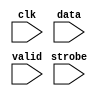
//Legal Notice: (C)2012 Altera Corporation. All rights reserved.  Your
//use of Altera Corporation's design tools, logic functions and other
//software and tools, and its AMPP partner logic functions, and any
//output files any of the foregoing (including device programming or
//simulation files), and any associated documentation or information are
//expressly subject to the terms and conditions of the Altera Program
//License Subscription Agreement or other applicable license agreement,
//including, without limitation, that your use is for the sole purpose
//of programming logic devices manufactured by Altera and sold by Altera
//or its authorized distributors.  Please refer to the applicable
//agreement for further details.

// synthesis translate_off
`timescale 1ns / 1ps
// synthesis translate_on

// turn off superfluous verilog processor warnings 
// altera message_level Level1 
// altera message_off 10034 10035 10036 10037 10230 10240 10030 

module system_0_jtag_uart_0_log_module (
                                         // inputs:
                                          clk,
                                          data,
                                          strobe,
                                          valid
                                       )
;

  input            clk;
  input   [  7: 0] data;
  input            strobe;
  input            valid;


//synthesis translate_off
//////////////// SIMULATION-ONLY CONTENTS
   reg [31:0] text_handle; // for $fopen
   initial text_handle = $fopen ("system_0_jtag_uart_0_output_stream.dat");

   always @(posedge clk) begin
      if (valid && strobe) begin
	 $fwrite (text_handle, "%b\n", data);
          // echo raw binary strings to file as ascii to screen
         $write("%s", ((data == 8'hd) ? 8'ha : data));
                     
	 // non-standard; poorly documented; required to get real data stream.
	 $fflush (text_handle);
      end
   end // clk


//////////////// END SIMULATION-ONLY CONTENTS

//synthesis translate_on

endmodule


// synthesis translate_off
`timescale 1ns / 1ps
// synthesis translate_on

// turn off superfluous verilog processor warnings 
// altera message_level Level1 
// altera message_off 10034 10035 10036 10037 10230 10240 10030 

module system_0_jtag_uart_0_sim_scfifo_w (
                                           // inputs:
                                            clk,
                                            fifo_wdata,
                                            fifo_wr,

                                           // outputs:
                                            fifo_FF,
                                            r_dat,
                                            wfifo_empty,
                                            wfifo_used
                                         )
;

  output           fifo_FF;
  output  [  7: 0] r_dat;
  output           wfifo_empty;
  output  [  5: 0] wfifo_used;
  input            clk;
  input   [  7: 0] fifo_wdata;
  input            fifo_wr;

  wire             fifo_FF;
  wire    [  7: 0] r_dat;
  wire             wfifo_empty;
  wire    [  5: 0] wfifo_used;

//synthesis translate_off
//////////////// SIMULATION-ONLY CONTENTS
  //system_0_jtag_uart_0_log, which is an e_log
  system_0_jtag_uart_0_log_module system_0_jtag_uart_0_log
    (
      .clk    (clk),
      .data   (fifo_wdata),
      .strobe (fifo_wr),
      .valid  (fifo_wr)
    );

  assign wfifo_used = {6{1'b0}};
  assign r_dat = {8{1'b0}};
  assign fifo_FF = 1'b0;
  assign wfifo_empty = 1'b1;

//////////////// END SIMULATION-ONLY CONTENTS

//synthesis translate_on

endmodule


// synthesis translate_off
`timescale 1ns / 1ps
// synthesis translate_on

// turn off superfluous verilog processor warnings 
// altera message_level Level1 
// altera message_off 10034 10035 10036 10037 10230 10240 10030 

module system_0_jtag_uart_0_scfifo_w (
                                       // inputs:
                                        clk,
                                        fifo_clear,
                                        fifo_wdata,
                                        fifo_wr,
                                        rd_wfifo,

                                       // outputs:
                                        fifo_FF,
                                        r_dat,
                                        wfifo_empty,
                                        wfifo_used
                                     )
;

  output           fifo_FF;
  output  [  7: 0] r_dat;
  output           wfifo_empty;
  output  [  5: 0] wfifo_used;
  input            clk;
  input            fifo_clear;
  input   [  7: 0] fifo_wdata;
  input            fifo_wr;
  input            rd_wfifo;

  wire             fifo_FF;
  wire    [  7: 0] r_dat;
  wire             wfifo_empty;
  wire    [  5: 0] wfifo_used;

//synthesis translate_off
//////////////// SIMULATION-ONLY CONTENTS
  system_0_jtag_uart_0_sim_scfifo_w the_system_0_jtag_uart_0_sim_scfifo_w
    (
      .clk         (clk),
      .fifo_FF     (fifo_FF),
      .fifo_wdata  (fifo_wdata),
      .fifo_wr     (fifo_wr),
      .r_dat       (r_dat),
      .wfifo_empty (wfifo_empty),
      .wfifo_used  (wfifo_used)
    );


//////////////// END SIMULATION-ONLY CONTENTS

//synthesis translate_on
//synthesis read_comments_as_HDL on
//  scfifo wfifo
//    (
//      .aclr (fifo_clear),
//      .clock (clk),
//      .data (fifo_wdata),
//      .empty (wfifo_empty),
//      .full (fifo_FF),
//      .q (r_dat),
//      .rdreq (rd_wfifo),
//      .usedw (wfifo_used),
//      .wrreq (fifo_wr)
//    );
//
//  defparam wfifo.lpm_hint = "RAM_BLOCK_TYPE=AUTO",
//           wfifo.lpm_numwords = 64,
//           wfifo.lpm_showahead = "OFF",
//           wfifo.lpm_type = "scfifo",
//           wfifo.lpm_width = 8,
//           wfifo.lpm_widthu = 6,
//           wfifo.overflow_checking = "OFF",
//           wfifo.underflow_checking = "OFF",
//           wfifo.use_eab = "ON";
//
//synthesis read_comments_as_HDL off

endmodule


// synthesis translate_off
`timescale 1ns / 1ps
// synthesis translate_on

// turn off superfluous verilog processor warnings 
// altera message_level Level1 
// altera message_off 10034 10035 10036 10037 10230 10240 10030 

module system_0_jtag_uart_0_drom_module (
                                          // inputs:
                                           clk,
                                           incr_addr,
                                           reset_n,

                                          // outputs:
                                           new_rom,
                                           num_bytes,
                                           q,
                                           safe
                                        )
;

  parameter POLL_RATE = 100;


  output           new_rom;
  output  [ 31: 0] num_bytes;
  output  [  7: 0] q;
  output           safe;
  input            clk;
  input            incr_addr;
  input            reset_n;

  reg     [ 11: 0] address;
  reg              d1_pre;
  reg              d2_pre;
  reg              d3_pre;
  reg              d4_pre;
  reg              d5_pre;
  reg              d6_pre;
  reg              d7_pre;
  reg              d8_pre;
  reg              d9_pre;
  reg     [  7: 0] mem_array [2047: 0];
  reg     [ 31: 0] mutex [  1: 0];
  reg              new_rom;
  wire    [ 31: 0] num_bytes;
  reg              pre;
  wire    [  7: 0] q;
  wire             safe;

//synthesis translate_off
//////////////// SIMULATION-ONLY CONTENTS
  assign q = mem_array[address];
  always @(posedge clk or negedge reset_n)
    begin
      if (reset_n == 0)
        begin
          d1_pre <= 0;
          d2_pre <= 0;
          d3_pre <= 0;
          d4_pre <= 0;
          d5_pre <= 0;
          d6_pre <= 0;
          d7_pre <= 0;
          d8_pre <= 0;
          d9_pre <= 0;
          new_rom <= 0;
        end
      else 
        begin
          d1_pre <= pre;
          d2_pre <= d1_pre;
          d3_pre <= d2_pre;
          d4_pre <= d3_pre;
          d5_pre <= d4_pre;
          d6_pre <= d5_pre;
          d7_pre <= d6_pre;
          d8_pre <= d7_pre;
          d9_pre <= d8_pre;
          new_rom <= d9_pre;
        end
    end



   assign     num_bytes = mutex[1];
                   reg        safe_delay;
   reg [31:0] poll_count;
   reg [31:0] mutex_handle;
   wire       interactive = 1'b0 ; // '
   assign     safe = (address < mutex[1]);

   initial poll_count = POLL_RATE;

   always @(posedge clk or negedge reset_n) begin
      if (reset_n !== 1) begin
         safe_delay <= 0;
      end else begin
         safe_delay <= safe;
      end
   end // safe_delay

   always @(posedge clk or negedge reset_n) begin
      if (reset_n !== 1) begin  // dont worry about null _stream.dat file
         address <= 0;
         mem_array[0] <= 0;
         mutex[0] <= 0;
         mutex[1] <= 0;
         pre <= 0;
      end else begin            // deal with the non-reset case
         pre <= 0;
         if (incr_addr && safe) address <= address + 1;
         if (mutex[0] && !safe && safe_delay) begin
            // and blast the mutex after falling edge of safe if interactive
            if (interactive) begin
               mutex_handle = $fopen ("system_0_jtag_uart_0_input_mutex.dat");
               $fdisplay (mutex_handle, "0");
               $fclose (mutex_handle);
               // $display ($stime, "\t%m:\n\t\tMutex cleared!");
            end else begin
               // sleep until next reset, do not bash mutex.
               wait (!reset_n);
            end
         end // OK to bash mutex.
         if (poll_count < POLL_RATE) begin // wait
            poll_count = poll_count + 1;
         end else begin         // do the interesting stuff.
            poll_count = 0;
            if (mutex_handle) begin
            $readmemh ("system_0_jtag_uart_0_input_mutex.dat", mutex);
            end
            if (mutex[0] && !safe) begin
            // read stream into mem_array after current characters are gone!
               // save mutex[0] value to compare to address (generates 'safe')
               mutex[1] <= mutex[0];
               // $display ($stime, "\t%m:\n\t\tMutex hit: Trying to read %d bytes...", mutex[0]);
               $readmemb("system_0_jtag_uart_0_input_stream.dat", mem_array);
               // bash address and send pulse outside to send the char:
               address <= 0;
               pre <= -1;
            end // else mutex miss...
         end // poll_count
      end // reset
   end // posedge clk


//////////////// END SIMULATION-ONLY CONTENTS

//synthesis translate_on

endmodule


// synthesis translate_off
`timescale 1ns / 1ps
// synthesis translate_on

// turn off superfluous verilog processor warnings 
// altera message_level Level1 
// altera message_off 10034 10035 10036 10037 10230 10240 10030 

module system_0_jtag_uart_0_sim_scfifo_r (
                                           // inputs:
                                            clk,
                                            fifo_rd,
                                            rst_n,

                                           // outputs:
                                            fifo_EF,
                                            fifo_rdata,
                                            rfifo_full,
                                            rfifo_used
                                         )
;

  output           fifo_EF;
  output  [  7: 0] fifo_rdata;
  output           rfifo_full;
  output  [  5: 0] rfifo_used;
  input            clk;
  input            fifo_rd;
  input            rst_n;

  reg     [ 31: 0] bytes_left;
  wire             fifo_EF;
  reg              fifo_rd_d;
  wire    [  7: 0] fifo_rdata;
  wire             new_rom;
  wire    [ 31: 0] num_bytes;
  wire    [  6: 0] rfifo_entries;
  wire             rfifo_full;
  wire    [  5: 0] rfifo_used;
  wire             safe;

//synthesis translate_off
//////////////// SIMULATION-ONLY CONTENTS
  //system_0_jtag_uart_0_drom, which is an e_drom
  system_0_jtag_uart_0_drom_module system_0_jtag_uart_0_drom
    (
      .clk       (clk),
      .incr_addr (fifo_rd_d),
      .new_rom   (new_rom),
      .num_bytes (num_bytes),
      .q         (fifo_rdata),
      .reset_n   (rst_n),
      .safe      (safe)
    );

  // Generate rfifo_entries for simulation
  always @(posedge clk or negedge rst_n)
    begin
      if (rst_n == 0)
        begin
          bytes_left <= 32'h0;
          fifo_rd_d <= 1'b0;
        end
      else 
        begin
          fifo_rd_d <= fifo_rd;
          // decrement on read
          if (fifo_rd_d)
              bytes_left <= bytes_left - 1'b1;
          // catch new contents
          if (new_rom)
              bytes_left <= num_bytes;
        end
    end


  assign fifo_EF = bytes_left == 32'b0;
  assign rfifo_full = bytes_left > 7'h40;
  assign rfifo_entries = (rfifo_full) ? 7'h40 : bytes_left;
  assign rfifo_used = rfifo_entries[5 : 0];

//////////////// END SIMULATION-ONLY CONTENTS

//synthesis translate_on

endmodule


// synthesis translate_off
`timescale 1ns / 1ps
// synthesis translate_on

// turn off superfluous verilog processor warnings 
// altera message_level Level1 
// altera message_off 10034 10035 10036 10037 10230 10240 10030 

module system_0_jtag_uart_0_scfifo_r (
                                       // inputs:
                                        clk,
                                        fifo_clear,
                                        fifo_rd,
                                        rst_n,
                                        t_dat,
                                        wr_rfifo,

                                       // outputs:
                                        fifo_EF,
                                        fifo_rdata,
                                        rfifo_full,
                                        rfifo_used
                                     )
;

  output           fifo_EF;
  output  [  7: 0] fifo_rdata;
  output           rfifo_full;
  output  [  5: 0] rfifo_used;
  input            clk;
  input            fifo_clear;
  input            fifo_rd;
  input            rst_n;
  input   [  7: 0] t_dat;
  input            wr_rfifo;

  wire             fifo_EF;
  wire    [  7: 0] fifo_rdata;
  wire             rfifo_full;
  wire    [  5: 0] rfifo_used;

//synthesis translate_off
//////////////// SIMULATION-ONLY CONTENTS
  system_0_jtag_uart_0_sim_scfifo_r the_system_0_jtag_uart_0_sim_scfifo_r
    (
      .clk        (clk),
      .fifo_EF    (fifo_EF),
      .fifo_rd    (fifo_rd),
      .fifo_rdata (fifo_rdata),
      .rfifo_full (rfifo_full),
      .rfifo_used (rfifo_used),
      .rst_n      (rst_n)
    );


//////////////// END SIMULATION-ONLY CONTENTS

//synthesis translate_on
//synthesis read_comments_as_HDL on
//  scfifo rfifo
//    (
//      .aclr (fifo_clear),
//      .clock (clk),
//      .data (t_dat),
//      .empty (fifo_EF),
//      .full (rfifo_full),
//      .q (fifo_rdata),
//      .rdreq (fifo_rd),
//      .usedw (rfifo_used),
//      .wrreq (wr_rfifo)
//    );
//
//  defparam rfifo.lpm_hint = "RAM_BLOCK_TYPE=AUTO",
//           rfifo.lpm_numwords = 64,
//           rfifo.lpm_showahead = "OFF",
//           rfifo.lpm_type = "scfifo",
//           rfifo.lpm_width = 8,
//           rfifo.lpm_widthu = 6,
//           rfifo.overflow_checking = "OFF",
//           rfifo.underflow_checking = "OFF",
//           rfifo.use_eab = "ON";
//
//synthesis read_comments_as_HDL off

endmodule


// synthesis translate_off
`timescale 1ns / 1ps
// synthesis translate_on

// turn off superfluous verilog processor warnings 
// altera message_level Level1 
// altera message_off 10034 10035 10036 10037 10230 10240 10030 

module system_0_jtag_uart_0 (
                              // inputs:
                               av_address,
                               av_chipselect,
                               av_read_n,
                               av_write_n,
                               av_writedata,
                               clk,
                               rst_n,

                              // outputs:
                               av_irq,
                               av_readdata,
                               av_waitrequest,
                               dataavailable,
                               readyfordata
                            )
  /* synthesis ALTERA_ATTRIBUTE = "SUPPRESS_DA_RULE_INTERNAL=\"R101,C106,D101,D103\"" */ ;

  output           av_irq;
  output  [ 31: 0] av_readdata;
  output           av_waitrequest;
  output           dataavailable;
  output           readyfordata;
  input            av_address;
  input            av_chipselect;
  input            av_read_n;
  input            av_write_n;
  input   [ 31: 0] av_writedata;
  input            clk;
  input            rst_n;

  reg              ac;
  wire             activity;
  wire             av_irq;
  wire    [ 31: 0] av_readdata;
  reg              av_waitrequest;
  reg              dataavailable;
  reg              fifo_AE;
  reg              fifo_AF;
  wire             fifo_EF;
  wire             fifo_FF;
  wire             fifo_clear;
  wire             fifo_rd;
  wire    [  7: 0] fifo_rdata;
  wire    [  7: 0] fifo_wdata;
  reg              fifo_wr;
  reg              ien_AE;
  reg              ien_AF;
  wire             ipen_AE;
  wire             ipen_AF;
  reg              pause_irq;
  wire    [  7: 0] r_dat;
  wire             r_ena;
  reg              r_val;
  wire             rd_wfifo;
  reg              read_0;
  reg              readyfordata;
  wire             rfifo_full;
  wire    [  5: 0] rfifo_used;
  reg              rvalid;
  reg              sim_r_ena;
  reg              sim_t_dat;
  reg              sim_t_ena;
  reg              sim_t_pause;
  wire    [  7: 0] t_dat;
  reg              t_dav;
  wire             t_ena;
  wire             t_pause;
  wire             wfifo_empty;
  wire    [  5: 0] wfifo_used;
  reg              woverflow;
  wire             wr_rfifo;
  //avalon_jtag_slave, which is an e_avalon_slave
  assign rd_wfifo = r_ena & ~wfifo_empty;
  assign wr_rfifo = t_ena & ~rfifo_full;
  assign fifo_clear = ~rst_n;
  system_0_jtag_uart_0_scfifo_w the_system_0_jtag_uart_0_scfifo_w
    (
      .clk         (clk),
      .fifo_FF     (fifo_FF),
      .fifo_clear  (fifo_clear),
      .fifo_wdata  (fifo_wdata),
      .fifo_wr     (fifo_wr),
      .r_dat       (r_dat),
      .rd_wfifo    (rd_wfifo),
      .wfifo_empty (wfifo_empty),
      .wfifo_used  (wfifo_used)
    );

  system_0_jtag_uart_0_scfifo_r the_system_0_jtag_uart_0_scfifo_r
    (
      .clk        (clk),
      .fifo_EF    (fifo_EF),
      .fifo_clear (fifo_clear),
      .fifo_rd    (fifo_rd),
      .fifo_rdata (fifo_rdata),
      .rfifo_full (rfifo_full),
      .rfifo_used (rfifo_used),
      .rst_n      (rst_n),
      .t_dat      (t_dat),
      .wr_rfifo   (wr_rfifo)
    );

  assign ipen_AE = ien_AE & fifo_AE;
  assign ipen_AF = ien_AF & (pause_irq | fifo_AF);
  assign av_irq = ipen_AE | ipen_AF;
  assign activity = t_pause | t_ena;
  always @(posedge clk or negedge rst_n)
    begin
      if (rst_n == 0)
          pause_irq <= 1'b0;
      else // only if fifo is not empty...
      if (t_pause & ~fifo_EF)
          pause_irq <= 1'b1;
      else if (read_0)
          pause_irq <= 1'b0;
    end


  always @(posedge clk or negedge rst_n)
    begin
      if (rst_n == 0)
        begin
          r_val <= 1'b0;
          t_dav <= 1'b1;
        end
      else 
        begin
          r_val <= r_ena & ~wfifo_empty;
          t_dav <= ~rfifo_full;
        end
    end


  always @(posedge clk or negedge rst_n)
    begin
      if (rst_n == 0)
        begin
          fifo_AE <= 1'b0;
          fifo_AF <= 1'b0;
          fifo_wr <= 1'b0;
          rvalid <= 1'b0;
          read_0 <= 1'b0;
          ien_AE <= 1'b0;
          ien_AF <= 1'b0;
          ac <= 1'b0;
          woverflow <= 1'b0;
          av_waitrequest <= 1'b1;
        end
      else 
        begin
          fifo_AE <= {fifo_FF,wfifo_used} <= 8;
          fifo_AF <= (7'h40 - {rfifo_full,rfifo_used}) <= 8;
          fifo_wr <= 1'b0;
          read_0 <= 1'b0;
          av_waitrequest <= ~(av_chipselect & (~av_write_n | ~av_read_n) & av_waitrequest);
          if (activity)
              ac <= 1'b1;
          // write
          if (av_chipselect & ~av_write_n & av_waitrequest)
              // addr 1 is control; addr 0 is data
              if (av_address)
                begin
                  ien_AF <= av_writedata[0];
                  ien_AE <= av_writedata[1];
                  if (av_writedata[10] & ~activity)
                      ac <= 1'b0;
                end
              else 
                begin
                  fifo_wr <= ~fifo_FF;
                  woverflow <= fifo_FF;
                end
          // read
          if (av_chipselect & ~av_read_n & av_waitrequest)
            begin
              // addr 1 is interrupt; addr 0 is data
              if (~av_address)
                  rvalid <= ~fifo_EF;
              read_0 <= ~av_address;
            end
        end
    end


  assign fifo_wdata = av_writedata[7 : 0];
  assign fifo_rd = (av_chipselect & ~av_read_n & av_waitrequest & ~av_address) ? ~fifo_EF : 1'b0;
  assign av_readdata = read_0 ? { {9{1'b0}},rfifo_full,rfifo_used,rvalid,woverflow,~fifo_FF,~fifo_EF,1'b0,ac,ipen_AE,ipen_AF,fifo_rdata } : { {9{1'b0}},(7'h40 - {fifo_FF,wfifo_used}),rvalid,woverflow,~fifo_FF,~fifo_EF,1'b0,ac,ipen_AE,ipen_AF,{6{1'b0}},ien_AE,ien_AF };
  always @(posedge clk or negedge rst_n)
    begin
      if (rst_n == 0)
          readyfordata <= 0;
      else 
        readyfordata <= ~fifo_FF;
    end



//synthesis translate_off
//////////////// SIMULATION-ONLY CONTENTS
  // Tie off Atlantic Interface signals not used for simulation
  always @(posedge clk)
    begin
      sim_t_pause <= 1'b0;
      sim_t_ena <= 1'b0;
      sim_t_dat <= t_dav ? r_dat : {8{r_val}};
      sim_r_ena <= 1'b0;
    end


  assign r_ena = sim_r_ena;
  assign t_ena = sim_t_ena;
  assign t_dat = sim_t_dat;
  assign t_pause = sim_t_pause;
  always @(fifo_EF)
    begin
      dataavailable = ~fifo_EF;
    end



//////////////// END SIMULATION-ONLY CONTENTS

//synthesis translate_on
//synthesis read_comments_as_HDL on
//  alt_jtag_atlantic system_0_jtag_uart_0_alt_jtag_atlantic
//    (
//      .clk (clk),
//      .r_dat (r_dat),
//      .r_ena (r_ena),
//      .r_val (r_val),
//      .rst_n (rst_n),
//      .t_dat (t_dat),
//      .t_dav (t_dav),
//      .t_ena (t_ena),
//      .t_pause (t_pause)
//    );
//
//  defparam system_0_jtag_uart_0_alt_jtag_atlantic.INSTANCE_ID = 0,
//           system_0_jtag_uart_0_alt_jtag_atlantic.LOG2_RXFIFO_DEPTH = 6,
//           system_0_jtag_uart_0_alt_jtag_atlantic.LOG2_TXFIFO_DEPTH = 6,
//           system_0_jtag_uart_0_alt_jtag_atlantic.SLD_AUTO_INSTANCE_INDEX = "YES";
//
//  always @(posedge clk or negedge rst_n)
//    begin
//      if (rst_n == 0)
//          dataavailable <= 0;
//      else 
//        dataavailable <= ~fifo_EF;
//    end
//
//
//synthesis read_comments_as_HDL off

endmodule